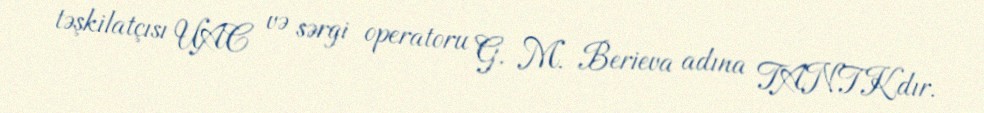
təşkilatçısı UAC və sərgi operatoru G. M. Berieva adına TANTKdır.